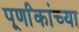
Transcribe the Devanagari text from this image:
पूर्णांकांच्या